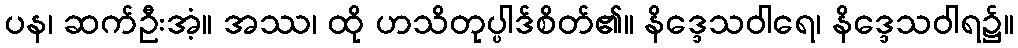
ပန၊ ဆက်ဦးအံ့။ အဿ၊ ထို ဟသိတုပ္ပါဒ်စိတ်၏။ နိဒ္ဒေသဝါရေ၊ နိဒ္ဒေသဝါရ၌။